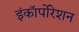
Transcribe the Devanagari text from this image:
इंकॉर्पोरेशन